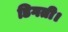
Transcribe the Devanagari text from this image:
डिगती।